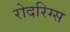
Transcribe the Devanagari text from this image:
रोदरिग्स